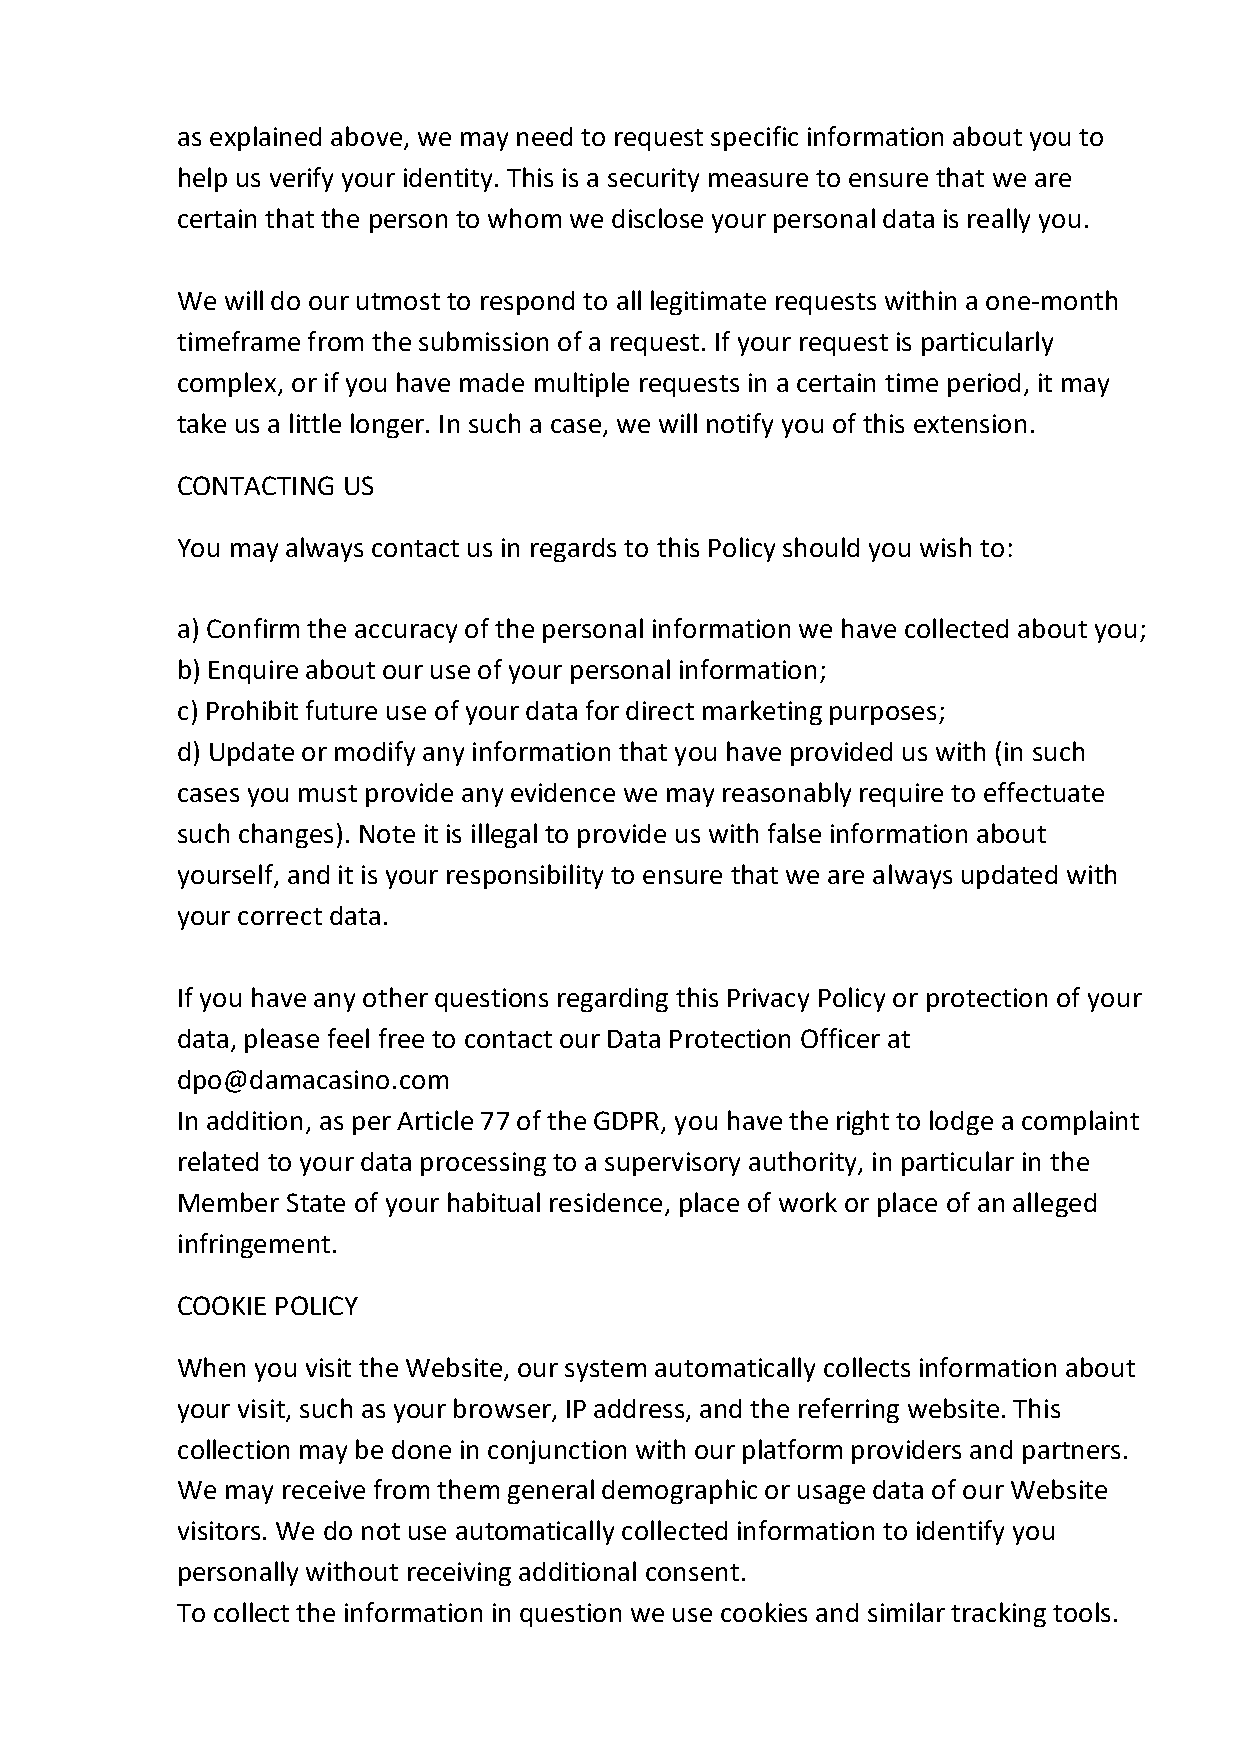
as explained above, we may need to request specific information about you to
 help us verify your identity. This is a security measure to ensure that we are
 certain that the person to whom we disclose your personal data is really you.
 We will do our utmost to respond to all legitimate requests within a one-month
 timeframe from the submission of a request. If your request is particularly
 complex, or if you have made multiple requests in a certain time period, it may
 take us a little longer. In such a case, we will notify you of this extension.
 CONTACTING US
 You may always contact us in regards to this Policy should you wish to:
 a) Confirm the accuracy of the personal information we have collected about you;
 b) Enquire about our use of your personal information;
 c) Prohibit future use of your data for direct marketing purposes;
 d) Update or modify any information that you have provided us with (in such
 cases you must provide any evidence we may reasonably require to effectuate
 such changes). Note it is illegal to provide us with false information about
 yourself, and it is your responsibility to ensure that we are always updated with
 your correct data.
 If you have any other questions regarding this Privacy Policy or protection of your
 data, please feel free to contact our Data Protection Officer at
 dpo@damacasino.com
 In addition, as per Article 77 of the GDPR, you have the right to lodge a complaint
 related to your data processing to a supervisory authority, in particular in the
 Member State of your habitual residence, place of work or place of an alleged
 infringement.
 COOKIE POLICY
 When you visit the Website, our system automatically collects information about
 your visit, such as your browser, IP address, and the referring website. This
 collection may be done in conjunction with our platform providers and partners.
 We may receive from them general demographic or usage data of our Website
 visitors. We do not use automatically collected information to identify you
 personally without receiving additional consent.
 To collect the information in question we use cookies and similar tracking tools.